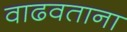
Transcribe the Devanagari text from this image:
वाढवताना